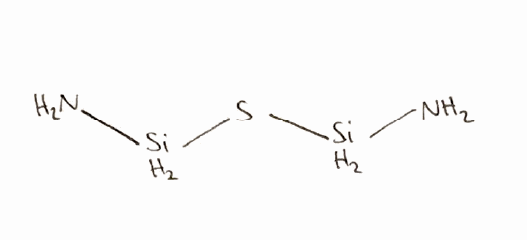
Simplified molecular-input line-entry system (SMILES) notation of the given molecule:
N[SiH2]S[SiH2]N